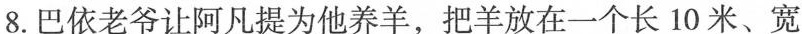
8. 巴依老爷让阿凡提为他养羊，把羊放在一个长10米、宽